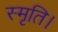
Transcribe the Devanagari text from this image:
स्मृति।